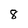
Character: 8